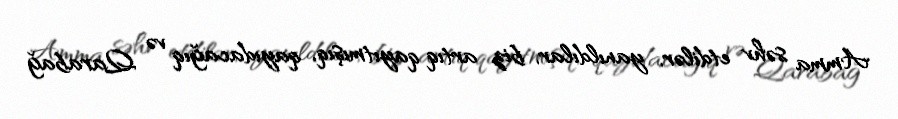
Amma səhv etdilər, yanıldılar, biz artıq qayıtmışıq, qayıdacağıq və Qarabağ